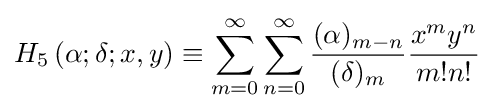
H_{5}\left(\alpha ;\delta ;x,y\right)\equiv \sum _{m=0}^{\infty }\sum _{n=0}^{\infty }{\frac {(\alpha )_{m-n}}{(\delta )_{m}}}{\frac {x^{m}y^{n}}{m!n!}}